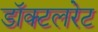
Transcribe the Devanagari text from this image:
डॉक्टलरेट